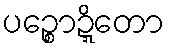
ပဉ္စောဍ္ဍိတော